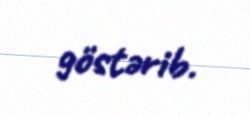
göstərib.